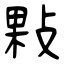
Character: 敤